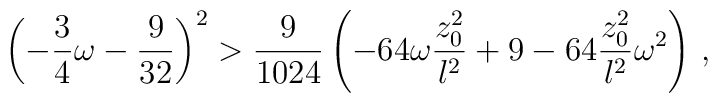
\left(-{3\over 4} \omega -{9 \over {32}}\right)^2 > {9\over{1024}}\left(-64\omega {{z_0 ^2}\over l^2} + 9 -64{{z_0 ^2}\over l^2}\omega^2 \right) \, ,